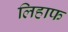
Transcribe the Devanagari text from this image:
लिहाफ